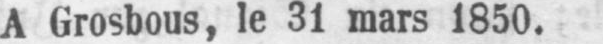
A Grosbous, le 31 mars 1850.